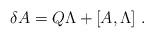
LaTeX: \begin{align*}\delta A = Q \Lambda + [A,\Lambda] \ .\end{align*}